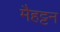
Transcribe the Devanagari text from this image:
मैहट्टन